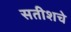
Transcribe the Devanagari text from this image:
सतीशचे